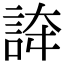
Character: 𧧳